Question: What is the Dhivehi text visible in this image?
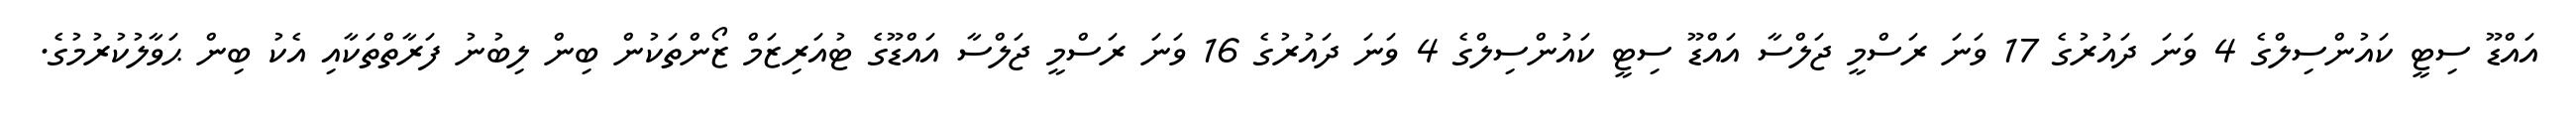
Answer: އައްޑޫ ސިޓީ ކައުންސިލްގެ 4 ވަނަ ދައުރުގެ 17 ވަނަ ރަސްމީ ޖަލްސާ އައްޑޫ ސިޓީ ކައުންސިލްގެ 4 ވަނަ ދައުރުގެ 16 ވަނަ ރަސްމީ ޖަލްސާ އައްޑޫގެ ޓުއަރިޒަމް ޒޯންތަކުން ބިން ލިބުނު ފަރާތްތަކާއި އެކު ބިން ޙަވާލުކުރުމުގެ.